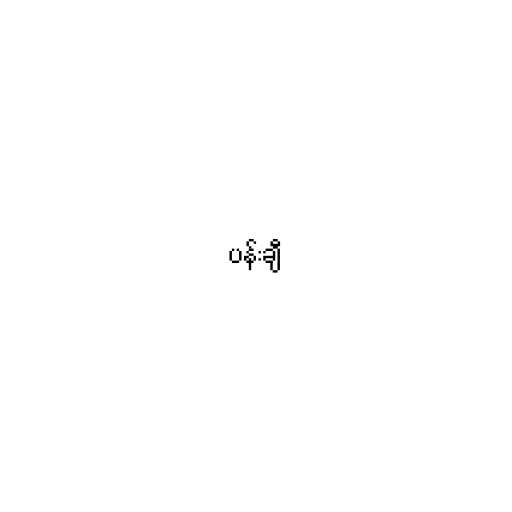
ပန်းချီ